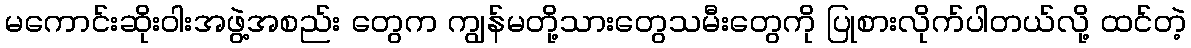
မကောင်းဆိုးဝါးအဖွဲ့အစည်း တွေက ကျွန်မတို့သားတွေသမီးတွေကို ပြုစားလိုက်ပါတယ်လို့ ထင်တဲ့